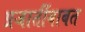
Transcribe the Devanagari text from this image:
प्रजातींबाबत